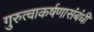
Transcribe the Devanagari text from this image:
गुरुत्वाकर्षणासंबंधी